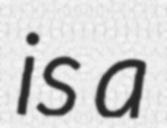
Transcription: is a